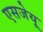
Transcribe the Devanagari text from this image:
एसजेयू